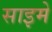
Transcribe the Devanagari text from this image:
साइमे